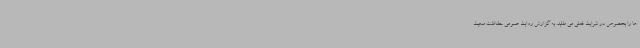
ها را بخصوص در شرایط فعلی می طلبد. به گزارش روابط عمومی حفاظت محیط